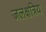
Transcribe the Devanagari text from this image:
जलक्षत्रिय